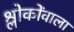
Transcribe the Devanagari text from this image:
श्लोकोंवाला